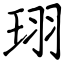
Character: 珝